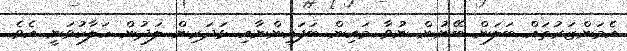
އެމަންޒަރުތައް ބަލަން ބޭނުން ނުވާ މައިން ބަފައިންނާއި ޅަދަރިން ލަދުން ހަލާކުވަނީ އެވެ.